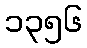
၁၃၅၆